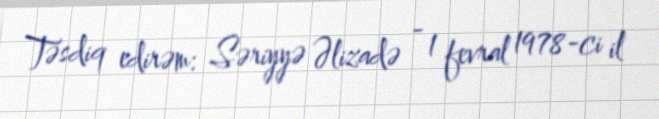
Təsdiq edirəm: Səriyyə Əlizadə - 1 fevral 1978-ci il